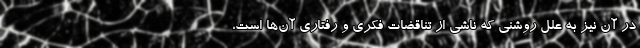
در آن نیز به علل روشنی که ناشی از تناقضات فکری و رفتاری آن‌ها است،